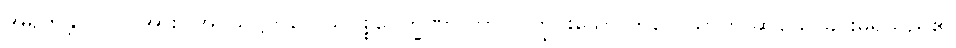
အရဟန္တာပုဂ္ဂိုလ်အား။ အဝသိဋ္ဌကိလေသပစ္စဝေက္ခဏာ ဘာဝါ ကြွင်းသော ကိလေသာကို ဆင်ခြင်ခြင်းမရှိသည်၏